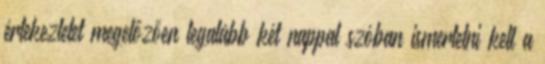
értekezletet megelőzően legalább két nappal szóban ismertetni kell a